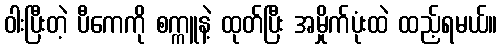
ဝါးပြီးတဲ့ ပီကေကို စက္ကူနဲ့ ထုတ်ပြီး အမှိုက်ပုံးထဲ ထည့်ရမယ်။